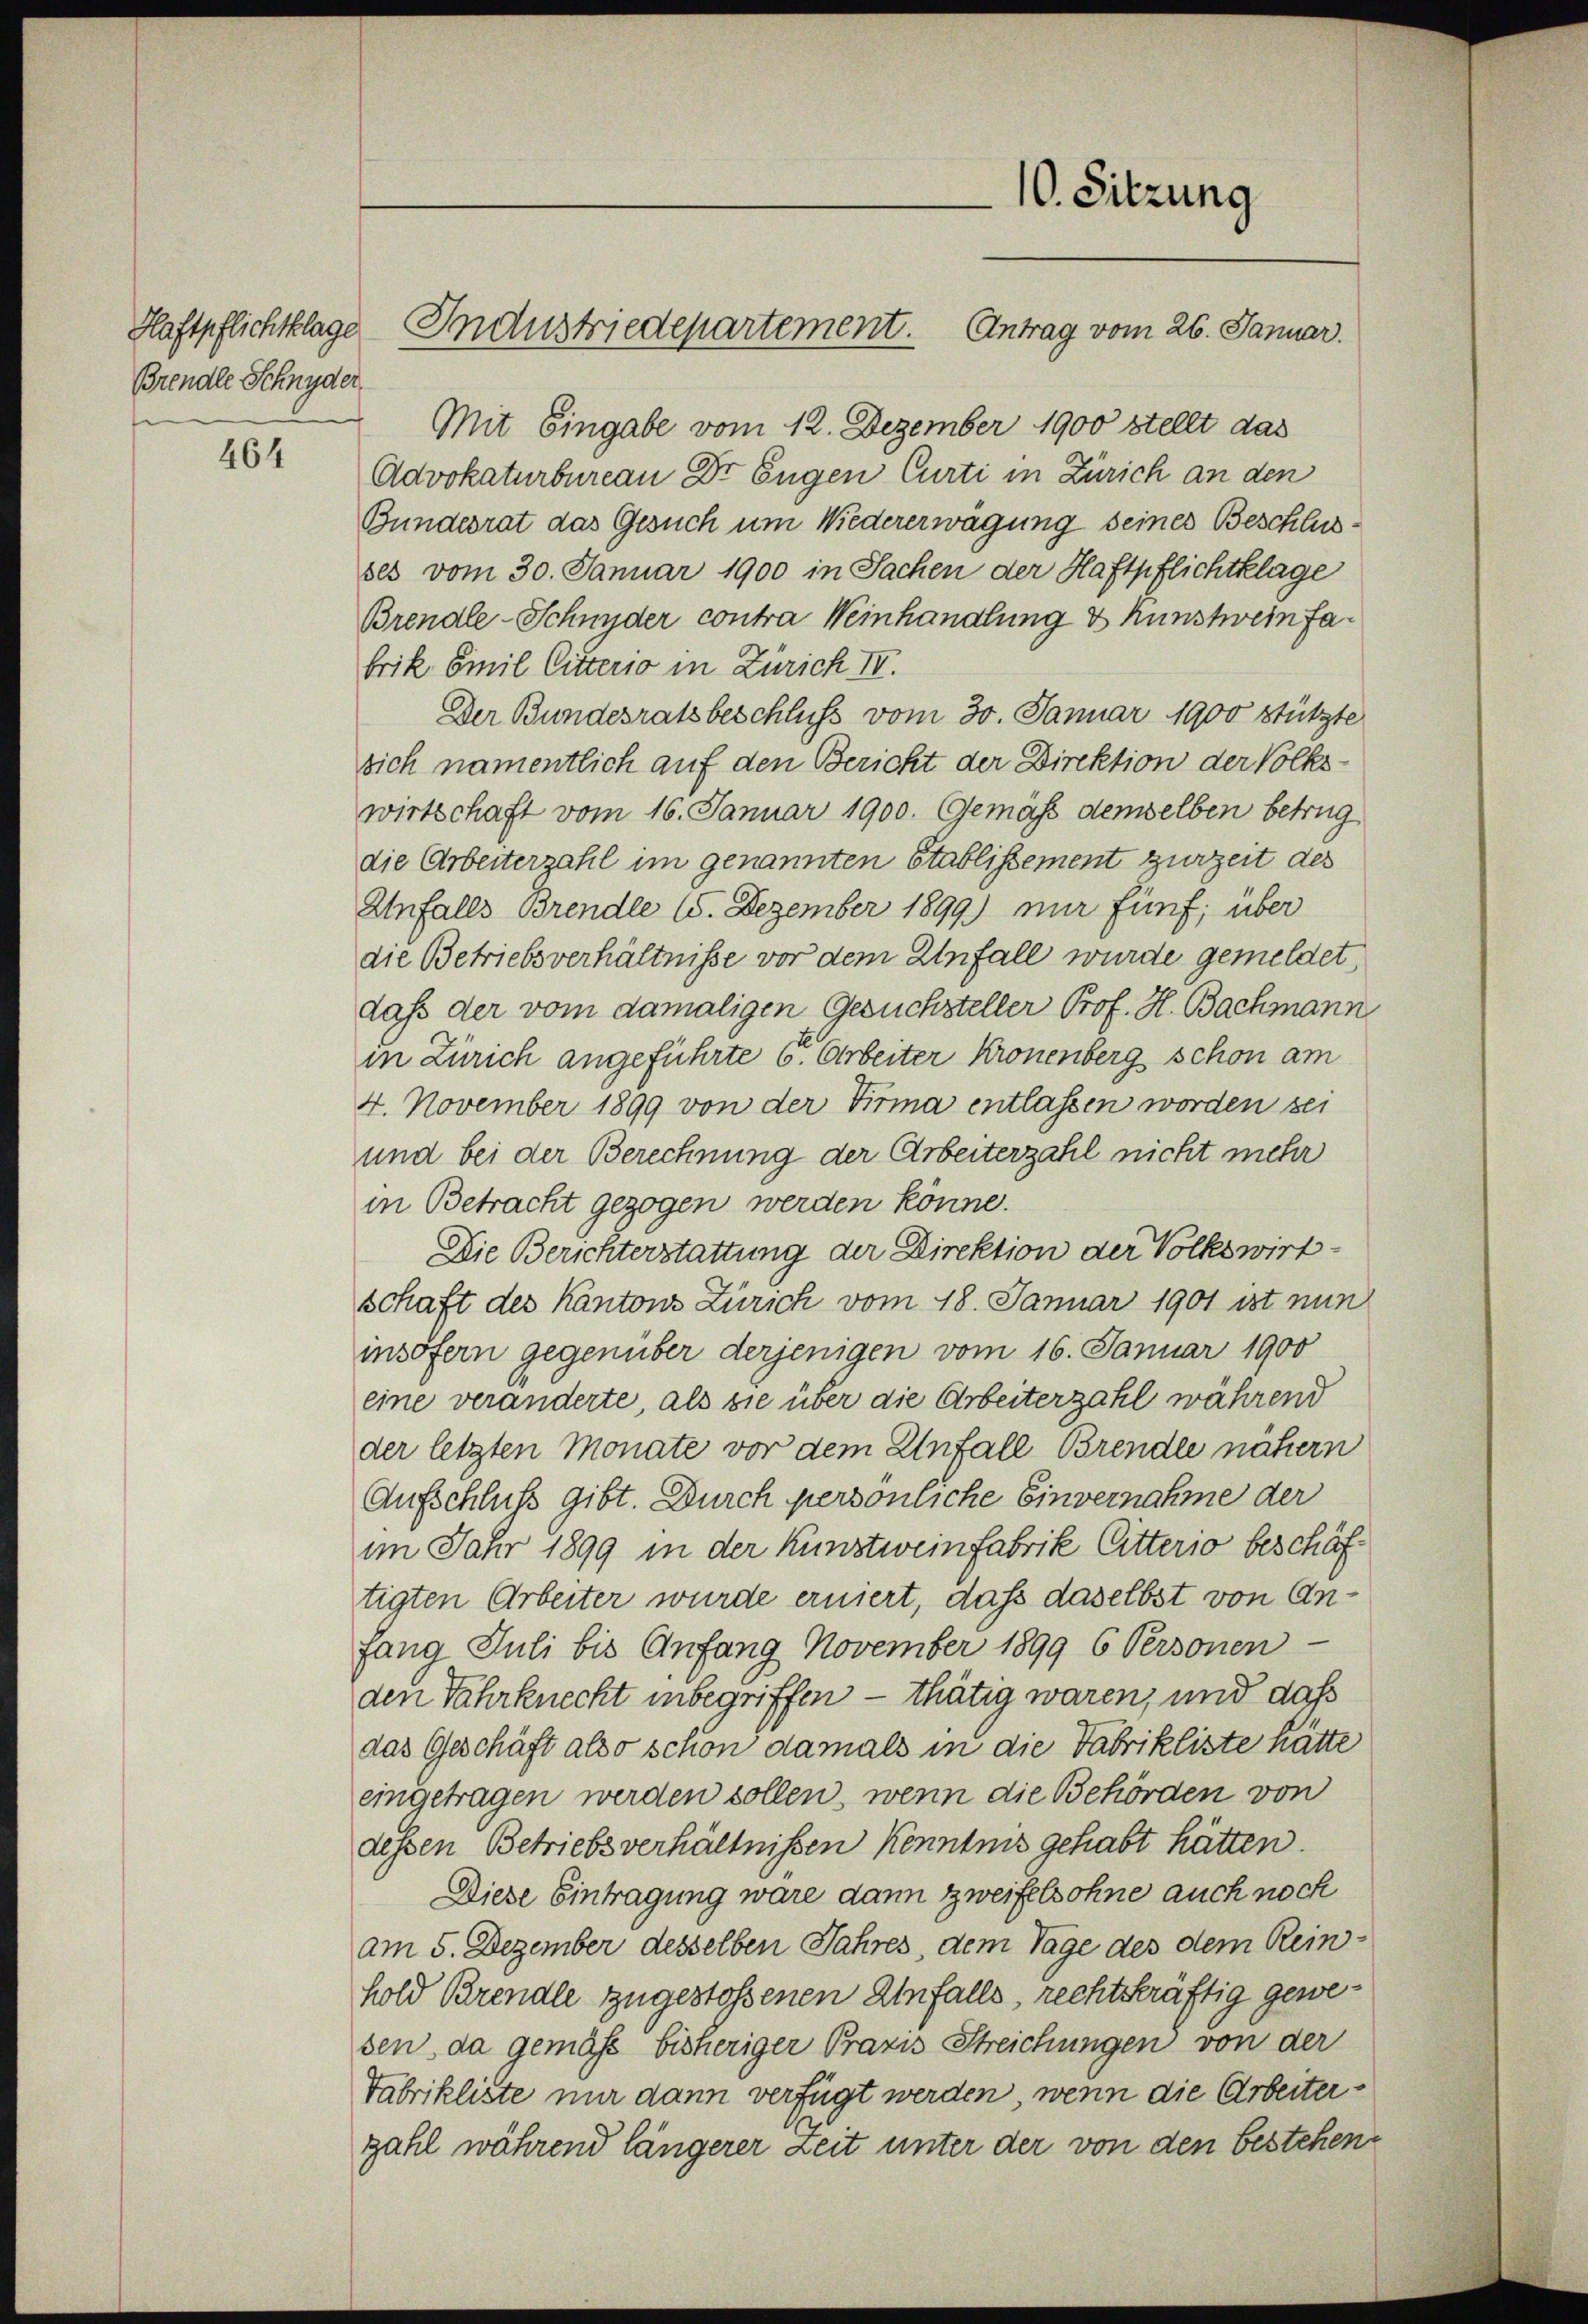
Haftpflichtlage
Brendle Schnyder

464

Industriedepartement.

Mit Eingabe vom 12. Dezember 1900 stellt das
Advokaturbureau Dr. Engen Curti in Zürich an den
Bundesrat das Gesuch um Niedererwägung seines Beschlusses vom 30. Januar 1900 in Sachen der Haftpflichtklage
Brendle-Schnyder contra Weinhandlung & Kunstweinfabrik Emil Gitterio in Zürich IV.
Der Bundesratsbeschluss vom 30. Januar 1900 stützte
sich namentlich auf den Bericht der Direktion der Volkswirtschaft vom 16. Januar 1900. Gemäß demselben betrug
die Arbeiterzahl im genannten Stablissement zurzeit des
Anfalls Brendle 15. Dezember 1899) nur fünf, über
die Betriebsverhältnisse vor dem Unfall wurde gemeldet,
daß der vom damaligen Gesuchsteller Prof. H. Bachmann
in Zürich angeführte 6. Arbeiter Kronenberg schon am
4. November 1899 von der Firma entlassen worden sei
und bei der Berechnung der Arbeiterzahl nicht mehr
in Betracht gezogen werden könne.
Die Berichterstattung der Direktion der Volkswirt-
schaft des Kantons Zürich vom 18. Januar 1901 ist nun
insofern gegenüber derjenigen vom 16. Januar 1900
eine veränderte, als sie über die Arbeiterzahl während
der letzten Monate vor dem Unfall Brende nähern
Aufschluß gibt. Durch persönliche Einvernahme der
im Jahr 1899 in der Kunstweinfabrik litterio beschäftigten Arbeiter wurde erniert, daß daselbst von Anfang Juli bis Anfang November 1899 6 Personen-
den Jahrknecht inbegriffen — thätig waren, und daß
das Geschäft also schon damals in die Fabrikliste hätte
eingetragen werden sollen, wenn die Behörden von
dessen Betriebsverhältnißen kenntnis gehabt hätten.
Diese Eintragung wäre dann zweifelsohne auch noch
am 5. Dezember desselben Jahres, dem Tage des dem Reinhold Brende zugestoßenen Einfalls, rechtskräftig gewesen, da gemäß bisheriger Praxis Streichungen von der
Fabrikliste mir dann verfügt werden, wenn die Arbeiterzahl während längerer Zeit unter der von den bestehen¬

10. Sitzung
Antrag vom 26. Januar.